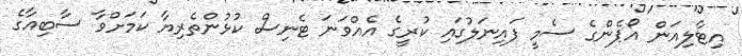
އިޓާލިއަން އޯޕެންގެ ސެމީ ފައިނަލުގައި ކުރީގެ އެއްވަނަ ޓެނިސް ކުޅުންތެރިޔާ ކަމަށްވާ ސާބިއާގެ